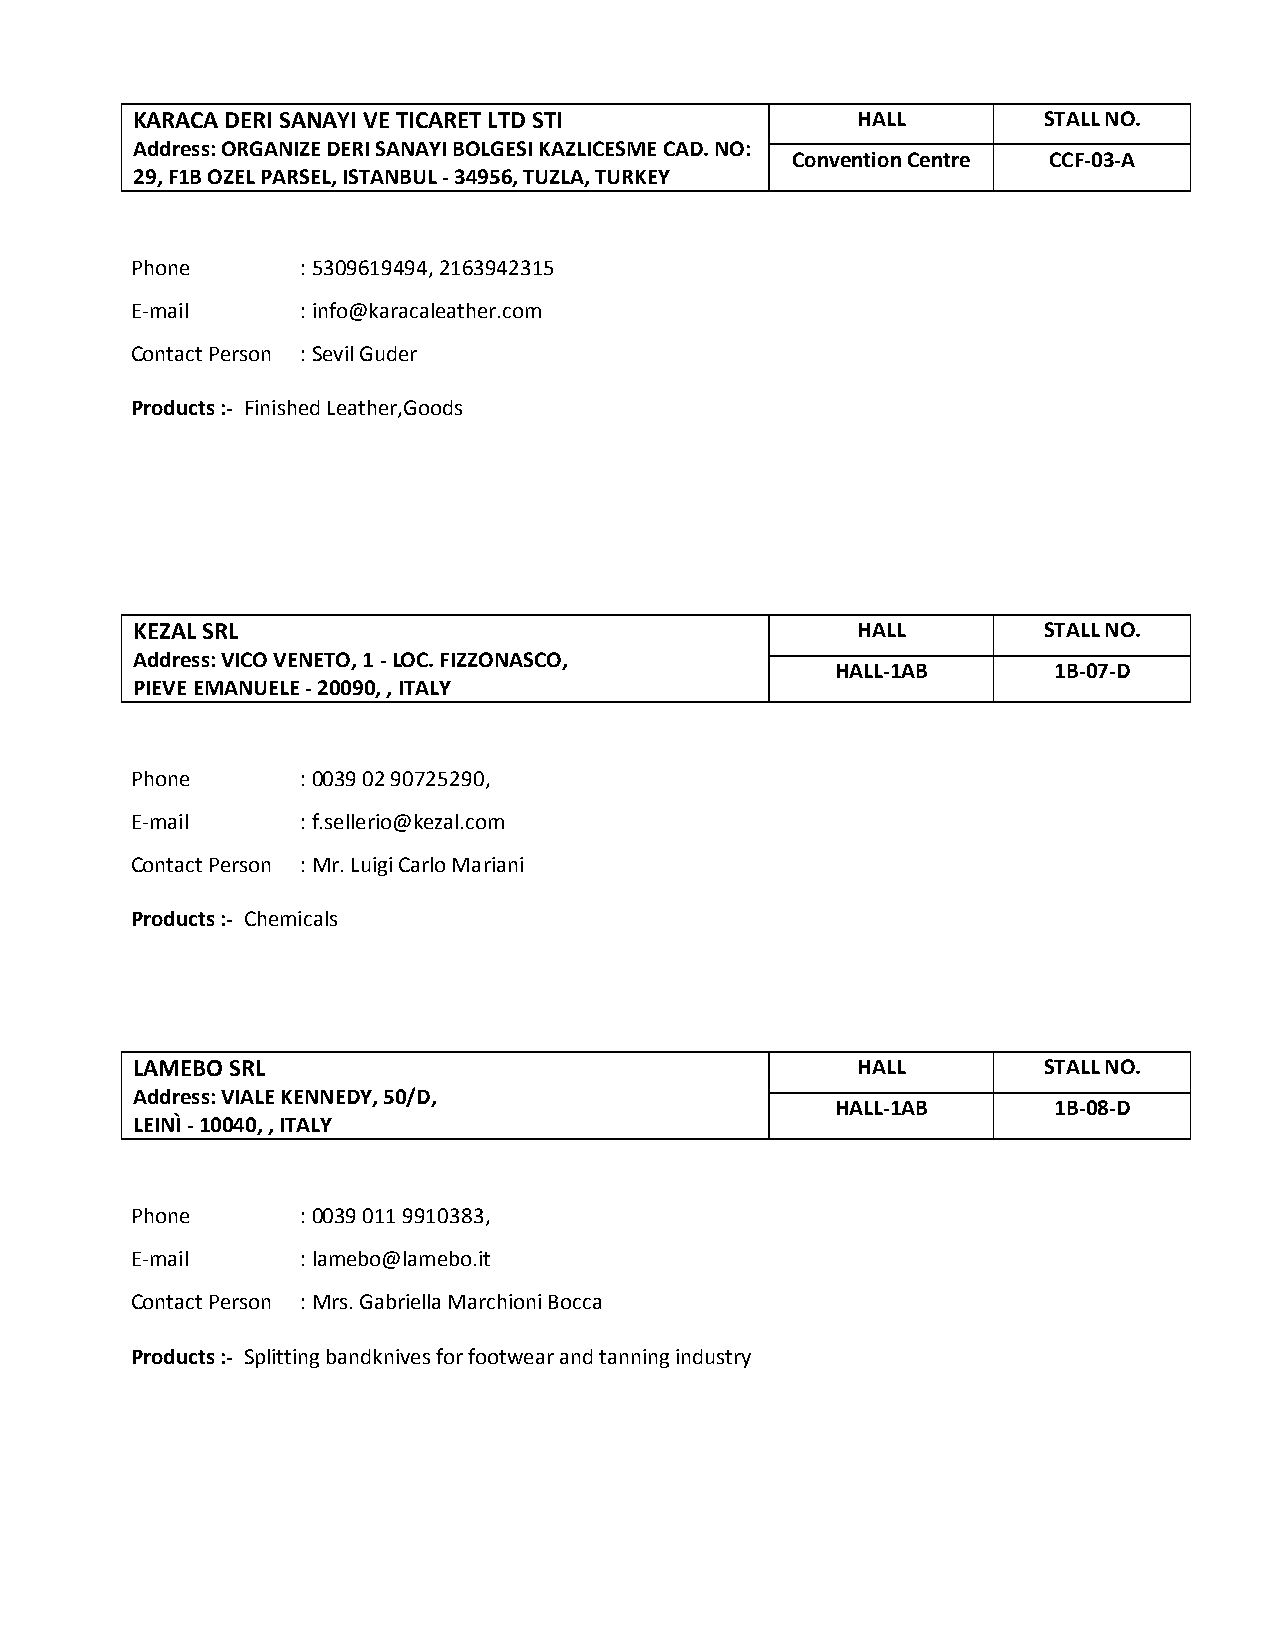
KARACA DERI SANAYI VE TICARET LTD STI           HALL        STALL NO.
 Address: ORGANIZE DERI SANAYI BOLGESI KAZLICESME CAD. NO:
 Convention Centre CCF-03-A
 29, F1B OZEL PARSEL, ISTANBUL - 34956, TUZLA, TURKEY
 Phone      : 5309619494, 2163942315
 E-mail     : info@karacaleather.com
 Contact Person : Sevil Guder
 Products :- Finished Leather,Goods
 KEZAL SRL                                       HALL        STALL NO.
 Address: VICO VENETO, 1 - LOC. FIZZONASCO,
 HALL-1AB       1B-07-D
 PIEVE EMANUELE - 20090, , ITALY
 Phone      : 0039 02 90725290,
 E-mail     : f.sellerio@kezal.com
 Contact Person : Mr. Luigi Carlo Mariani
 Products :- Chemicals
 LAMEBO SRL                                      HALL        STALL NO.
 Address: VIALE KENNEDY, 50/D,
 HALL-1AB       1B-08-D
 LEINÌ - 10040, , ITALY
 Phone      : 0039 011 9910383,
 E-mail     : lamebo@lamebo.it
 Contact Person : Mrs. Gabriella Marchioni Bocca
 Products :- Splitting bandknives for footwear and tanning industry